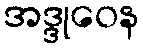
အဒ္ဒုဝေန